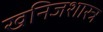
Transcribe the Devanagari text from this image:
खनिजशास्त्र